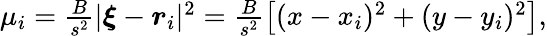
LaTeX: \begin{array}{r}{\mu_{i}=\frac{B}{s^{2}}|{\boldsymbol\xi}-{\boldsymbol r}_{i}|^{2}=\frac{B}{s^{2}}\left[(x-x_{i})^{2}+(y-y_{i})^{2}\right],}\end{array}